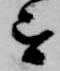
を